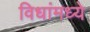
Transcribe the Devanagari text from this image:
विधांमध्ये